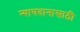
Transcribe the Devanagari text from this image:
न्यायदानासाठी